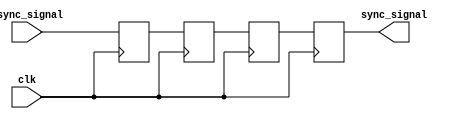
module triple_ff_synchronizer (
    input wire async_signal,  // Input signal from the asynchronous clock domain
    input wire clk,           // Clock signal of the destination clock domain
    output reg sync_signal    // Synchronized output signal
);
    
    // Internal flip-flops
    reg ff1, ff2, ff3;
    
    // Sequential logic for the triple flip-flops
    always @(posedge clk) begin
        ff1 <= async_signal;  // First flip-flop samples the asynchronous signal
        ff2 <= ff1;           // Second flip-flop samples the output of the first
        ff3 <= ff2;           // Third flip-flop samples the output of the second
    end

    // The synchronized signal comes from the output of the third flip-flop
    always @(posedge clk) begin
        sync_signal <= ff3;   // Update the synchronized output
    end

endmodule